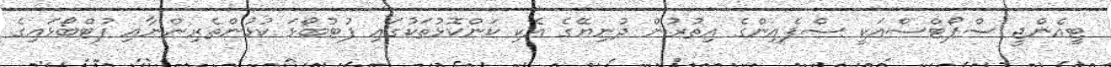
ޓީއެންޖީ ސްޕޯޓްސްއަކީ ސްޕެއިންގެ އިތުރުން ދުނިޔޭގެ އެކި ކަންކޮޅުތަކުގައި ފުޓުބޯޅަ ކުޅުންތެރިންނާއި ފުޓްބޯޅައިގެ